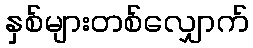
နှစ်များတစ်လျှောက်